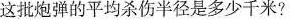
这批炮弹的平均杀伤半径是多少千米?